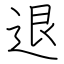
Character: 退